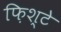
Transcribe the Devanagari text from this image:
फ़िश्टे